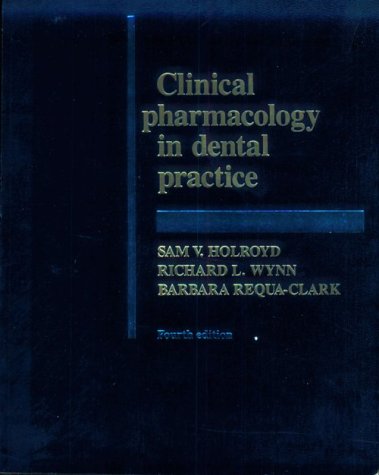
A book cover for Clinical Pharmacology in Dental Practice, 4e; Sam V. Holroyd BS  DDS  MS(Pharm)  MS(Perio)  FACD  FICD; Medical Books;